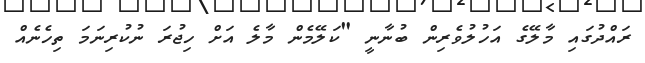
ރައްދުގައި މާލޭގެ އަހުލުވެރިން ބުނާނީ "ކަލޭމެން މާލެ އަށް ހިޖުރަ ނުކުރިނަމަ ތިހެނެއް